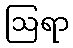
ဩရာ